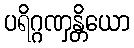
ပရိဂ္ဂဏှန္တိယော